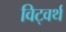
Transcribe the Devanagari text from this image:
विट्वर्थ